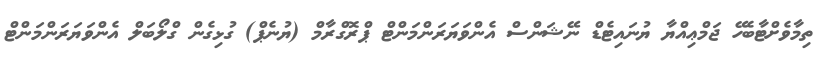
ތިމާވެށްޓާބެހޭ ޖަމްޢިއްޔާ ޔުނައިޓެޑް ނޭޝަންސް އެންވަޔަރަންމަންޓް ޕްރޮގްރާމް (ޔުނެޕް) ގުޅިގެން ގްލޯބަލް އެންވަޔަރަންމަންޓް